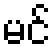
မင်